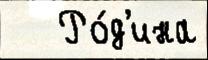
   Ро́д'ина